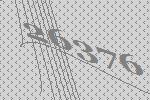
26376